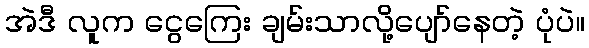
အဲဒီ လူက ငွေကြေး ချမ်းသာလို့ပျော်နေတဲ့ ပုံပဲ။